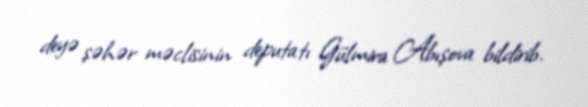
deyə şəhər məclisinin deputatı Gülmira Abışova bildirib.